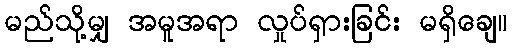
မည်သို့မျှ အမူအရာ လှုပ်ရှားခြင်း မရှိချေ။